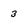
Character: 3